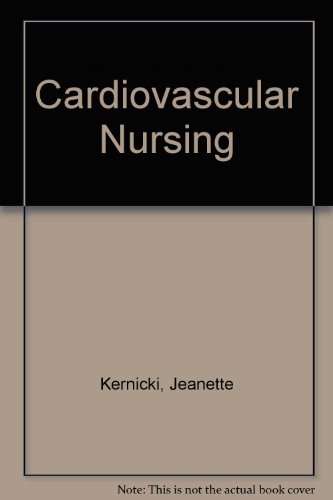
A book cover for Cardiovascular Nursing - Rationale for Therapy and Nursing Approach; Jeanette Kernicki; Medical Books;